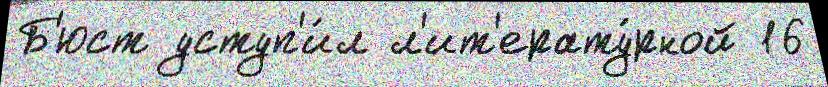
Б'юст уступ'и́л л'ит'ерату́рной 16